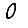
Digit: 0